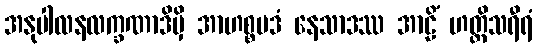
အနုပါလနလက္ခဏာဒိမှိ အာဟစ္စပဒံ နေသာဒဿ အာဠိံ ဟတ္ထိသရီရံ